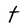
Character: t